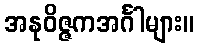
အနုဝိဇ္ဇကအင်္ဂါများ။